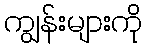
ကျွန်းများကို